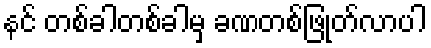
နင် တစ်ခါတစ်ခါမှ ခဏတစ်ဖြုတ်လာပါ